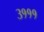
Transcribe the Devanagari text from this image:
३१११